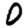
Digit: 0